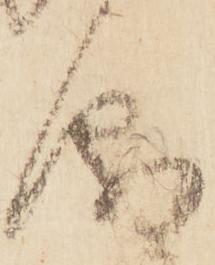
儀